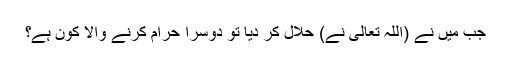
جب میں نے (اللہ تعالیٰ نے) حلال کر دیا تو دوسرا حرام کرنے والا کون ہے؟